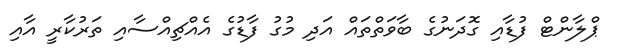
ޕްލާންޓް ފުޑާއި ގޮދަނުގެ ބާވަތްތައް އަދި މުގު ފާޑުގެ އެއްޗިއްސާއި ތަރުކާރީ އާއި